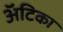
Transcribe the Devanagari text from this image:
अॅटिका